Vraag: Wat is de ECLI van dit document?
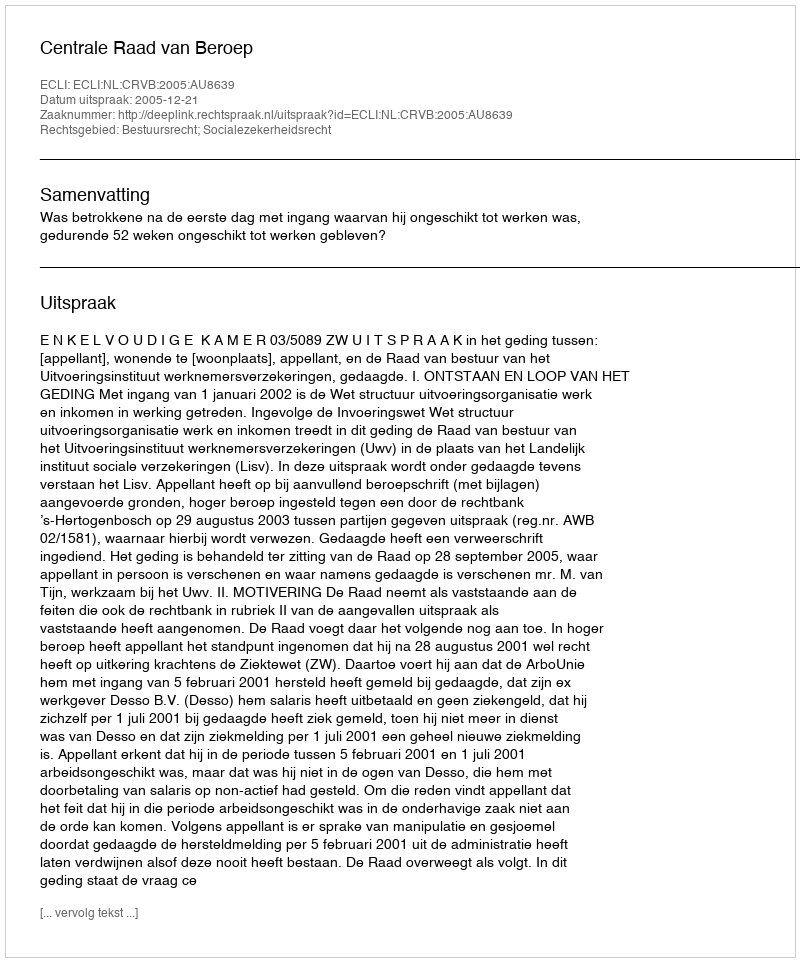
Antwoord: ECLI:NL:CRVB:2005:AU8639